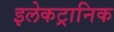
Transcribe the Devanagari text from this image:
इलेकट्रानिक